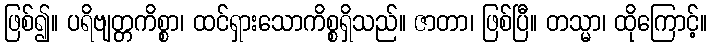
ဖြစ်၍။ ပရိဗျတ္တကိစ္စာ၊ ထင်ရှားသောကိစ္စရှိသည်။ ဇာတာ၊ ဖြစ်ပြီ။ တသ္မာ၊ ထိုကြောင့်။